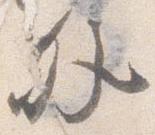
外